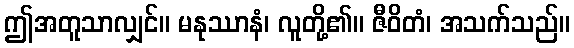
ဤအတူသာလျှင်။ မနုဿာနံ၊ လူတို့၏။ ဇီဝိတံ၊ အသက်သည်။